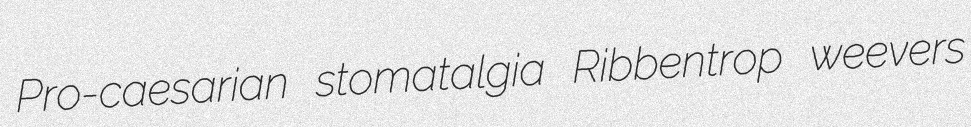
Pro-caesarian stomatalgia Ribbentrop weevers